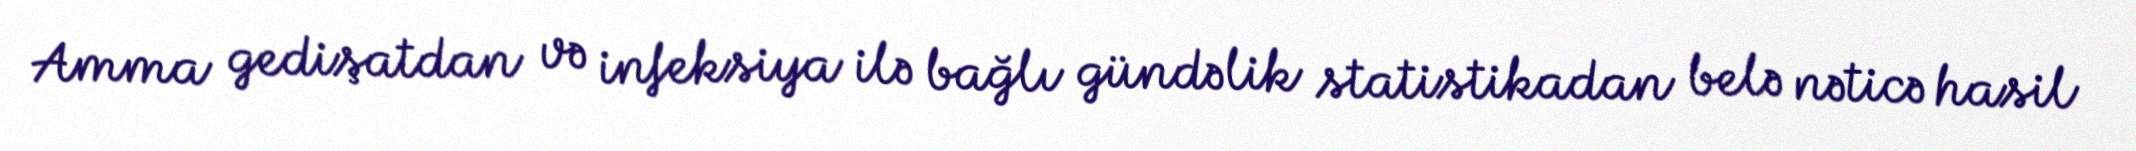
Amma gedişatdan və infeksiya ilə bağlı gündəlik statistikadan belə nəticə hasil